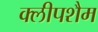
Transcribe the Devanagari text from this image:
क्लीपशैम